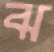
ঝ